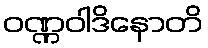
ဝဏ္ဏဝါဒိနောတိ